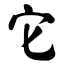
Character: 它